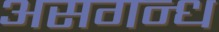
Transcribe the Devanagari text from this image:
असगन्ध